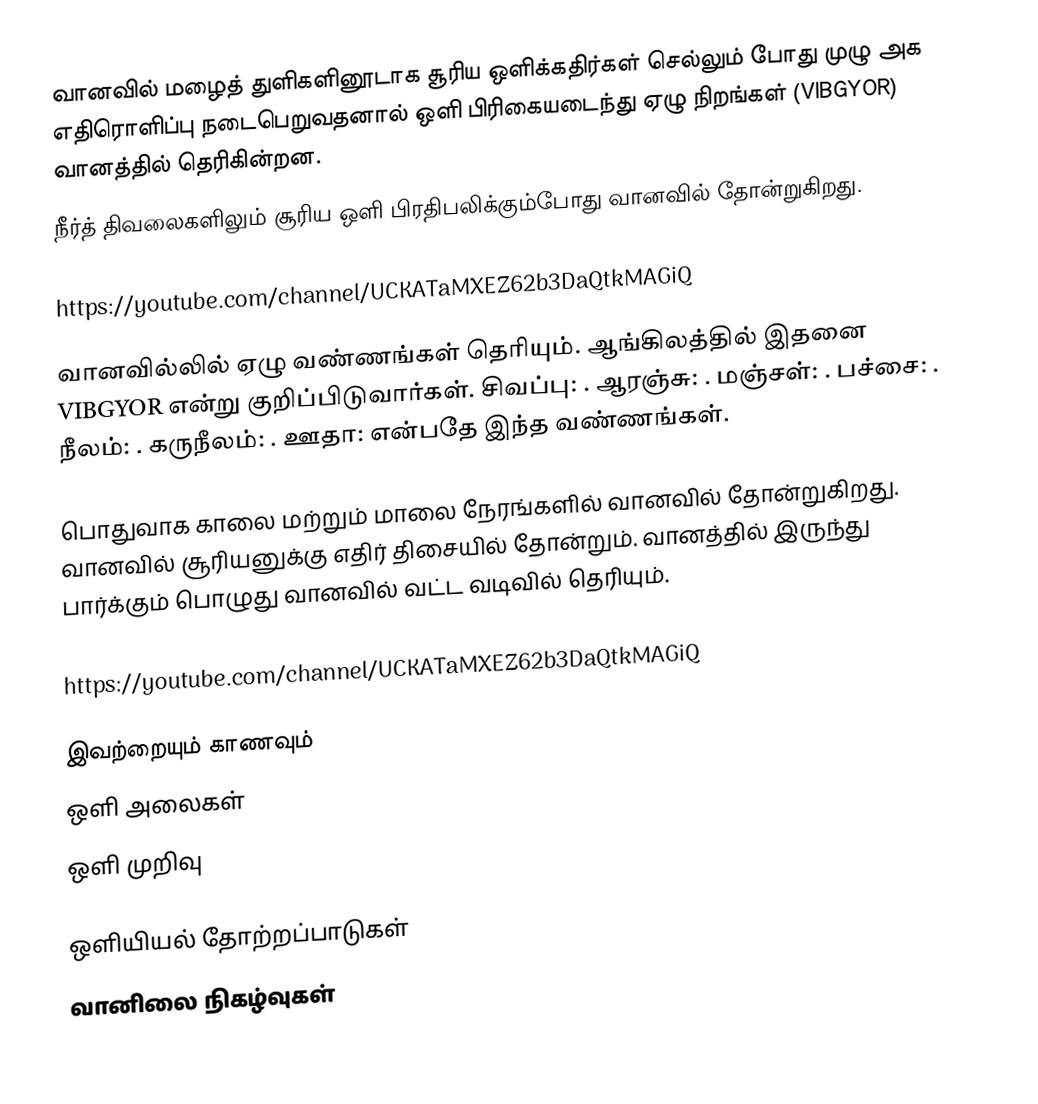
வானவில் மழைத் துளிகளினூடாக சூரிய ஒளிக்கதிர்கள் செல்லும் போது முழு அக எதிரொளிப்பு நடைபெறுவதனால் ஒளி பிரிகையடைந்து ஏழு நிறங்கள் (VIBGYOR) வானத்தில் தெரிகின்றன.
நீர்த் திவலைகளிலும் சூரிய ஒளி பிரதிபலிக்கும்போது வானவில் தோன்றுகிறது.

https://youtube.com/channel/UCKATaMXEZ62b3DaQtkMAGiQ

வானவில்லில் ஏழு வண்ணங்கள் தெரியும். ஆங்கிலத்தில் இதனை VIBGYOR என்று குறிப்பிடுவார்கள். சிவப்பு: . ஆரஞ்சு: . மஞ்சள்: . பச்சை: . நீலம்: . கருநீலம்: . ஊதா: என்பதே இந்த வண்ணங்கள்.

பொதுவாக காலை மற்றும் மாலை நேரங்களில் வானவில் தோன்றுகிறது. வானவில் சூரியனுக்கு எதிர் திசையில் தோன்றும். வானத்தில் இருந்து பார்க்கும் பொழுது வானவில் வட்ட வடிவில் தெரியும்.

https://youtube.com/channel/UCKATaMXEZ62b3DaQtkMAGiQ

இவற்றையும் காணவும்
 ஒளி அலைகள்
 ஒளி முறிவு

ஒளியியல் தோற்றப்பாடுகள்
வானிலை நிகழ்வுகள்